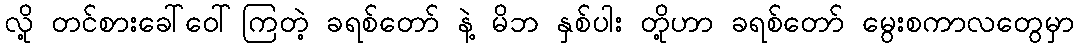
လို့ တင်စားခေါ်ဝေါ်ကြတဲ့ ခရစ်တော် နဲ့ မိဘ နှစ်ပါး တို့ဟာ ခရစ်တော် မွေးစကာလတွေမှာ